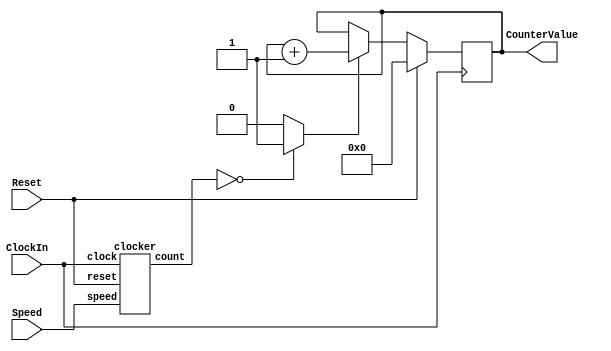
module part2(ClockIn, Reset, Speed, CounterValue);
	input ClockIn;
	input Reset;
	input [1:0] Speed;
	output reg [3:0] CounterValue;
	wire [10:0] rate;
	wire enable;


	clocker cl0(
	.clock(ClockIn),
	.speed(Speed), 
	.count(rate),
	.reset(Reset)
	);
	
	assign enable = (rate==11'b00000000000)?1:0;
	
	always @(posedge ClockIn)
	begin
		if (Reset == 1'b1)
			CounterValue <=0;
		else if (enable == 1'b1)
			CounterValue <= CounterValue +1;
	
	end

endmodule
			


module clocker(clock, speed, count, reset);
	input clock;
	input [1:0] speed;
	input reset;
	output reg [10:0] count;
	wire [10:0] d;

	
	mux4to1 muxy(
		.MuxSelect(speed),
		.Out(d)
		);
	
	always @(posedge clock)
		begin
		if (count == 11'b00000000000)
			count <=d;
		else if (reset == 1'b1)
			count <= d;
		else
			count <= count - 1;
		end
		
endmodule
		
	
	
module mux4to1 (MuxSelect, Out);
	input [1:0] MuxSelect;
	output reg [10:0] Out;
	
	always@(*)
	begin
		case(MuxSelect[1:0])
			2'b00: Out = 11'b00000000000;
			2'b01: Out = 11'b00111110011;
			2'b10: Out = 11'b01111100111;
			2'b11: Out = 11'b11111001111;
		endcase
	end

endmodule